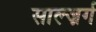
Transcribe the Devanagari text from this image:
साल्ज़र्ग